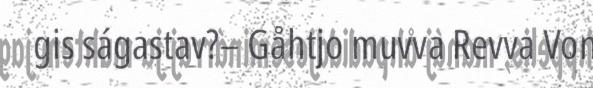
gis ságastav?– Gåhtjo muvva Revva Von